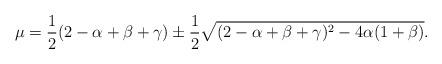
LaTeX: \begin{align*}\mu=\frac{1}{2}(2-\alpha+\beta+\gamma)\pm\frac{1}{2}\sqrt{(2-\alpha+\beta+\gamma)^{2}-4\alpha(1+\beta)}.\end{align*}